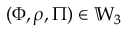
( \Phi , \rho , \Pi ) \in \mathbb { W } _ { 3 }